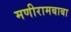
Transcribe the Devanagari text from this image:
मणीरामबाबा